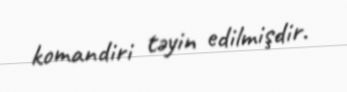
komandiri təyin edilmişdir.